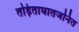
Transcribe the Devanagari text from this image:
तड़िताघातजनित